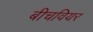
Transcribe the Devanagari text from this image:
बीचवियर